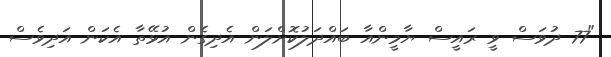
"77 ދުވަސް ވީ ރައީސް ޔާމީންއާ ބައްދަލުކޮށްލަން އެދިގެން އުޅޭތާ އެކަން އަދިވެސް